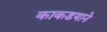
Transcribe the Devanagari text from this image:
काकडयाने